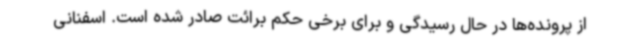
از پرونده‌ها در حال رسیدگی و برای برخی حکم برائت صادر شده است. اسفنانی